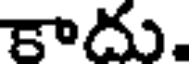
కాదు.